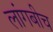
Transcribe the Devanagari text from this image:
लांगबीच